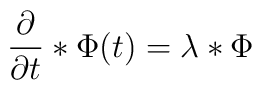
{{\partial }\over{\partial t}}*\Phi(t)=\lambda *\Phi